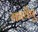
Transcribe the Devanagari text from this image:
कार्येषु